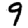
Digit: 9